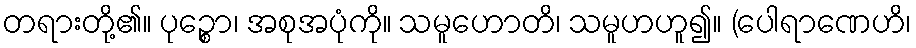
တရားတို့၏။ ပုဉ္စော၊ အစုအပုံကို။ သမူဟောတိ၊ သမူဟဟူ၍။ (ပေါရာဏေဟိ၊